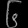
Digit: ၆